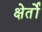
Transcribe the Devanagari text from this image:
क्षेर्तों